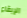
الإبقاء